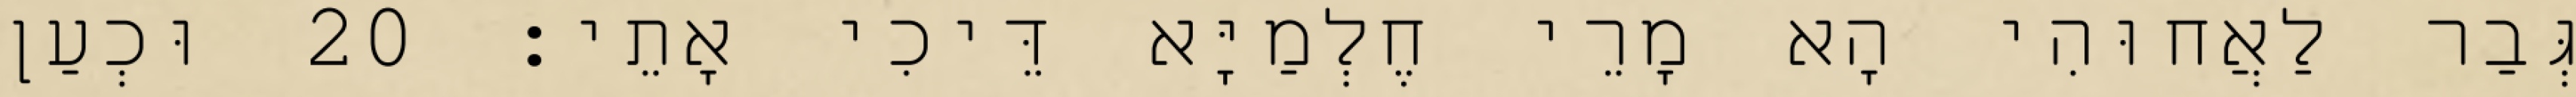
גְּבַר לַאֲחוּהִי הָא מָרֵי חֶלְמַיָּא דֵּיכִי אָתֵי׃ 20 וּכְעַן